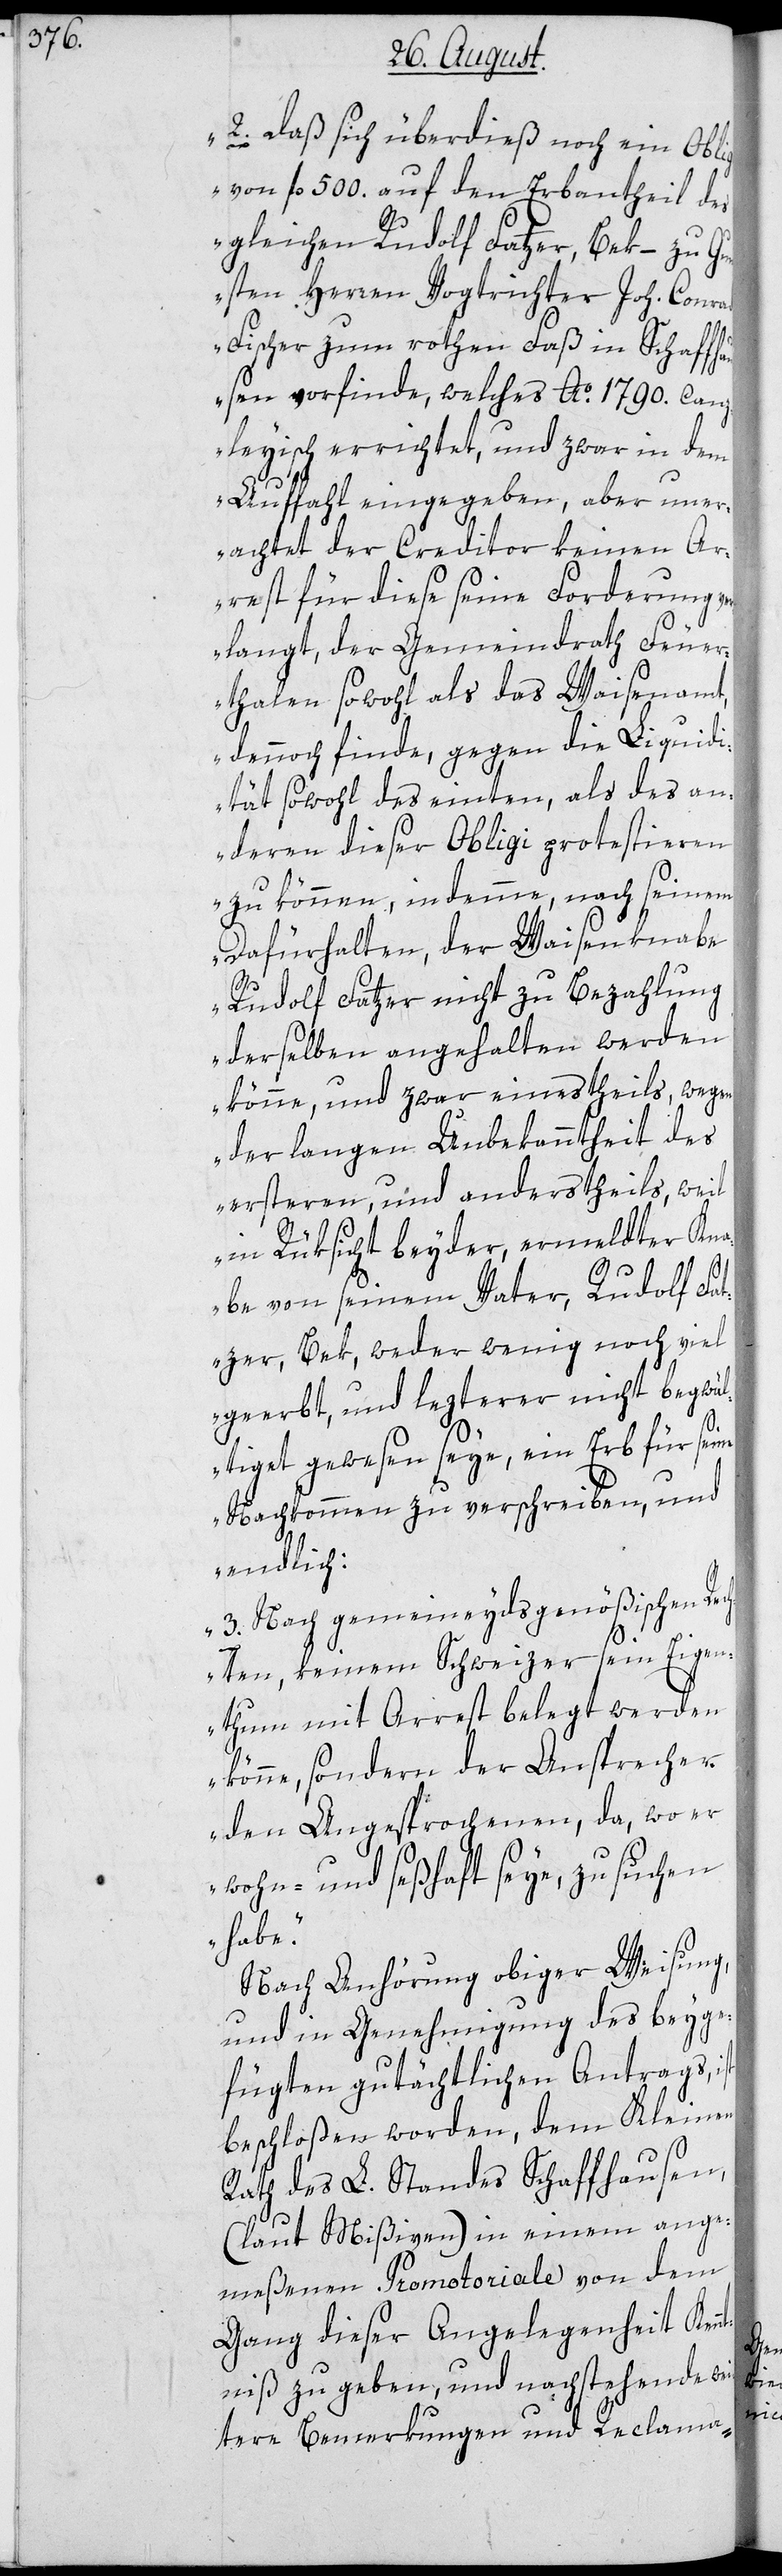
2. Daß sich überdieß noch ein Obligo
von fl. 500. auf den Erbantheil des
gleichen Rudolf Fatzer, Bek – zu Gu¬
nsten Herren Vogtrichter Joh. Conrad
Fischer zum rothen Faß in Schaffh¬
ausen vorfinde, welches Ao. 1790. canz¬
leyisch errichtet, und zwar in dem
Auffahl eingegeben, aber uner¬
achtet der Creditor keinen Ar¬
rest für diese seine Forderung ve¬
rlangt, der Gemeindrath Feuer¬
thalen sowohl als das Waysenamt,
dennoch finde, gegen die Liquidi¬
tät sowohl des einten, als des an¬
deren dieser Obligi protestieren
zu können, in demme, nach seinem
Dafürhalten, der Waisenknabe
Rudolf Fatzer nicht zu Bezahlung
derselben angehalten werden
könne, und zwar einestheils, wegen
der langen Unbekanntheit des
ersteren, und anderstheils, weil
in Rüksicht beyder, ermeldter Kn¬
abe von seinem Vater, Rudolf Fat¬
zer, Bek, weder wenig noch viel
geerbt, und lezterer nicht begwäl¬
tiget gewesen seye, ein Erb für seine
Nachkommen zu verschreiben, und
endlich:
3. Nach gemeineydsgenößischen Rec¬
hten, keinem Schweizer sein Eigen¬
thum mit Arrest belegt werden
könne, sondern der Ansprecher
den Angesprochenen, da, wo er
wohn- und seßhaft seye, zu suchen
habe.“
Nach Anhörung obiger Weisung
und in Genehmigung des beyge¬
fügten gutächtlichen Antrags,
beschloßen worden, dem Kleinen
Rath des L. Standes Schaffhausen,
(laut Mißiven) in einem ange¬
meßenen Promotoriale von dem
Gang dieser Angelegenheit Kenn¬
tniß zu geben, und nachstehende wei¬
tere Bemerkungen und Reclama-